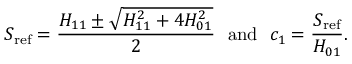
S _ { \mathrm { r e f } } = \frac { H _ { 1 1 } \pm \sqrt { H _ { 1 1 } ^ { 2 } + 4 H _ { 0 1 } ^ { 2 } } } { 2 } \ \ \mathrm { a n d } \ \ c _ { 1 } = \frac { S _ { \mathrm { r e f } } } { H _ { 0 1 } } .